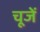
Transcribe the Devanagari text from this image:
चूजें